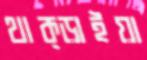
থাক্‌ড়াইয়া